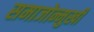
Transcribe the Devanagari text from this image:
समाजोन्मुखी